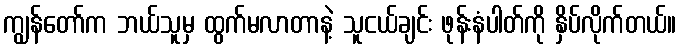
ကျွန်တော်က ဘယ်သူမှ ထွက်မလာတာနဲ့ သူငယ်ချင်း ဖုန်းနံပါတ်ကို နှိပ်လိုက်တယ်။